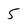
Character: 5